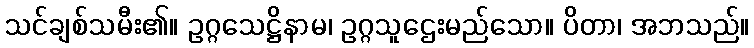
သင်ချစ်သမီး၏။ ဥဂ္ဂသေဋ္ဌိနာမ၊ ဥဂ္ဂသူဌေးမည်သော။ ပိတာ၊ အဘသည်။